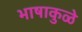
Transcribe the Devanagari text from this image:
भाषाकुळे